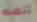
أتظنه